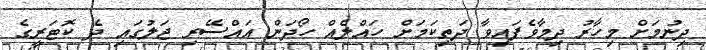
ދިނުމަށް މިހާރު ދިމާވެފައިވާ ދަތިކަމަށް ހައްލެއް ހޯދަން އައްސޭރި ޖަލުގައި ދެ ކޮޓަރީގެ